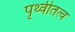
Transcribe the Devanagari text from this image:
पृथ्वीतत्व